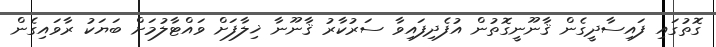
ގޮތުގައި ފައިސާދީގެން ޤާނޫނީގޮތުން އުފެދިފައިވާ ސަރުކާރު ޤާނޫނާ ޚިލާފަށް ވައްޓާލުމަށް ބަޔަކު ރާވައިގެން